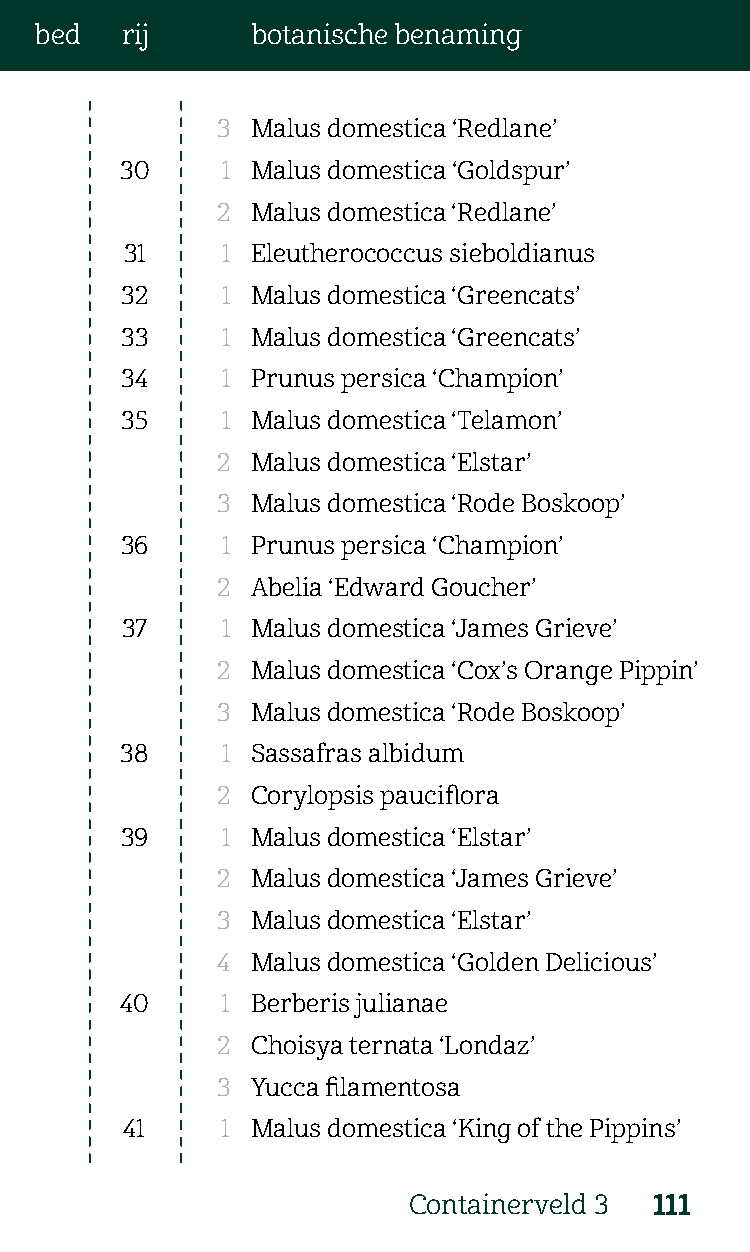
bed   rij      botanische benaming
 3  Malus domestica ‘Redlane’
 30     1 Malus domestica ‘Goldspur’
 2  Malus domestica ‘Redlane’
 31     1 Eleutherococcus sieboldianus
 32     1 Malus domestica ‘Greencats’
 33     1 Malus domestica ‘Greencats’
 34     1 Prunus persica ‘Champion’
 35     1 Malus domestica ‘Telamon’
 2  Malus domestica ‘Elstar’
 3  Malus domestica ‘Rode Boskoop’
 36     1 Prunus persica ‘Champion’
 2  Abelia ‘Edward Goucher’
 37     1 Malus domestica ‘James Grieve’
 2  Malus domestica ‘Cox’s Orange Pippin’
 3  Malus domestica ‘Rode Boskoop’
 38     1 Sassafras albidum
 2  Corylopsis pauciflora
 39     1 Malus domestica ‘Elstar’
 2  Malus domestica ‘James Grieve’
 3  Malus domestica ‘Elstar’
 4  Malus domestica ‘Golden Delicious’
 40     1 Berberis julianae
 2  Choisya ternata ‘Londaz’
 3  Yucca filamentosa
 41     1 Malus domestica ‘King of the Pippins’
 Containerveld 3 111